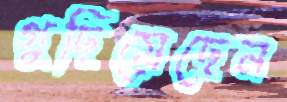
গুছিয়েছেন